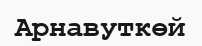
Арнавуткөй